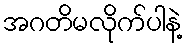
အဂတိမလိုက်ပါနဲ့